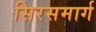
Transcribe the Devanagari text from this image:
सिरसमार्ग